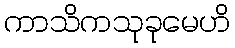
ကာသိကသုခုမေဟိ